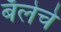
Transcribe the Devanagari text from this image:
बॅलेचे